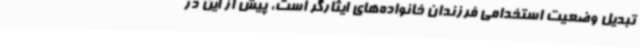
تبدیل وضعیت استخدامی فرزندان خانواده‌های ایثارگر است، پیش از این در